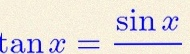
\tan x=\frac{\sin x}{\cos x}